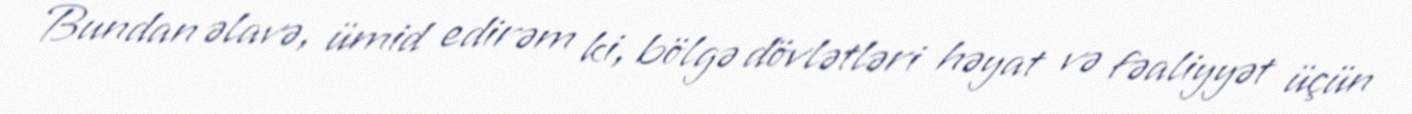
Bundan əlavə, ümid edirəm ki, bölgə dövlətləri həyat və fəaliyyət üçün